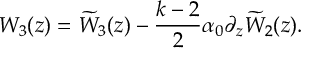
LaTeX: { { \cal W } _ { 3 } ( z ) } = { \widetilde { \cal W } _ { 3 } ( z ) } - \frac { k - 2 } { 2 } \alpha _ { 0 } \partial _ { z } { \widetilde { \cal W } _ { 2 } ( z ) } .